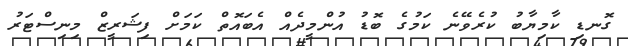
ގޮނޑި ކާމިޔާބު ކުރެވޭނެ ކަމުގެ ބޮޑު އުންމީދެއް އެބައޮތް ކަމަށް ފިޝަރީޒް މިނިސްޓަރު